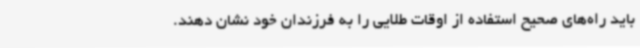
باید راه‌های صحیح استفاده از اوقات طلایی را به فرزندان خود نشان دهند.